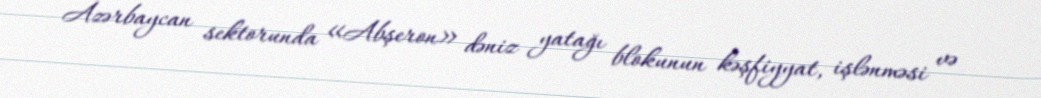
Azərbaycan sektorunda «Abşeron» dəniz yatağı blokunun kəşfiyyat, işlənməsi və